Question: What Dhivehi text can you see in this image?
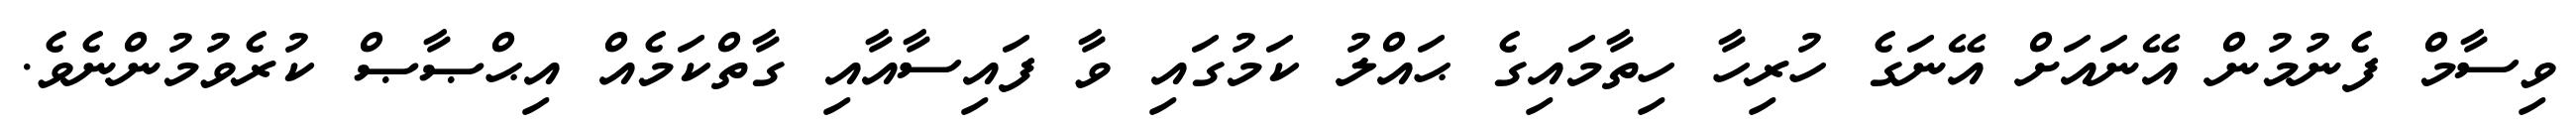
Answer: ވިސާމް ފެނުމުން އޭނައަށް އޭނަގެ ހުރިހާ ހިތާމައިގެ ޙައްލު ކަމުގައި ވާ ފައިސާއާއި ގާތްކަމެއް އިޙްޞާޞް ކުރެވުމުންނެވެ.